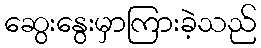
ဆွေးနွေးမှာကြားခဲ့သည်